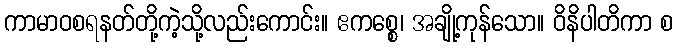
ကာမာဝစရနတ်တို့ကဲ့သို့လည်းကောင်း။ ဧကစ္စေ၊ အချို့ကုန်သော။ ဝိနိပါတိကာ စ